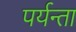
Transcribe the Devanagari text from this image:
पर्यन्ता